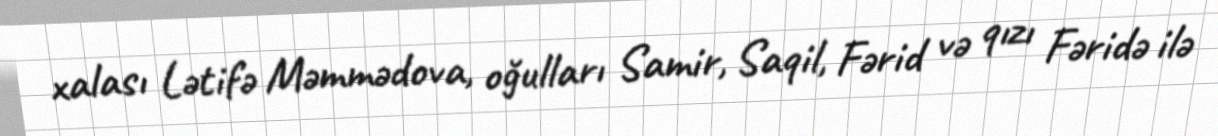
xalası Lətifə Məmmədova, oğulları Samir, Saqil, Fərid və qızı Fəridə ilə